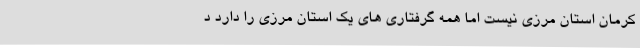
کرمان استان مرزی نیست اما همه گرفتاری های یک استان مرزی را دارد د